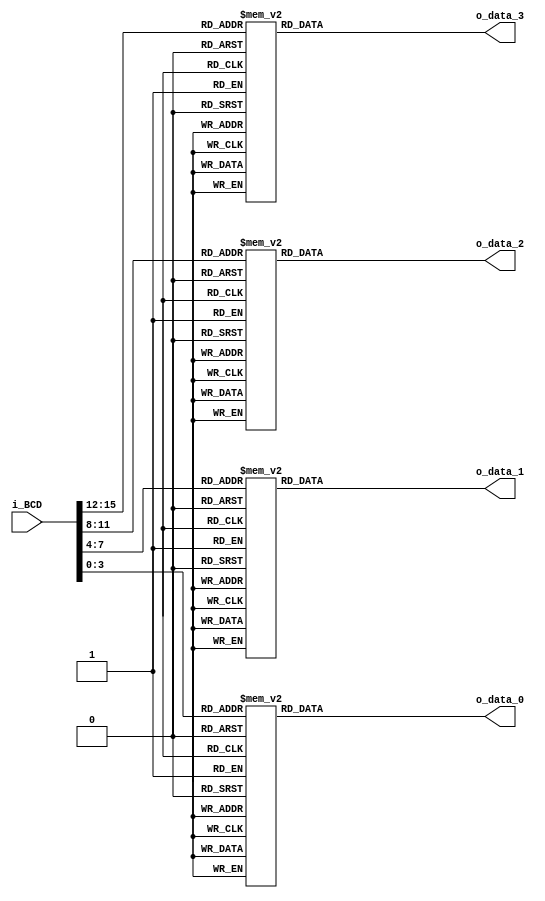
module BCDTo7Segment(
    input [15:0] i_BCD,
    output [7:0] o_data_0,
    output [7:0] o_data_1,
    output [7:0] o_data_2,
    output [7:0] o_data_3
);
    assign o_data_0 = conversion_BCD(i_BCD[3:0]);
    assign o_data_1 = conversion_BCD(i_BCD[7:4]);
    assign o_data_2 = conversion_BCD(i_BCD[11:8]);
    assign o_data_3 = conversion_BCD(i_BCD[15:12]);
    //=================
    //
    //#A#
    //F#B
    //#G#
    //E#C
    //#D#DP
    //=================
    //#0#
    //5#1
    //#6#
    //4#2
    //#3#7
    //=================

    function [7:0]conversion_BCD(
        input [3:0] i_BCD
    );
        case(i_BCD)
            4'b0000 : conversion_BCD = 8'b00111111; // 0
            4'b0001 : conversion_BCD = 8'b00000110; // 1
            4'b0010 : conversion_BCD = 8'b01011011; // 2
            4'b0011 : conversion_BCD = 8'b01001111; // 3
            4'b0100 : conversion_BCD = 8'b01100110; // 4
            4'b0101 : conversion_BCD = 8'b01101101; // 5
            4'b0110 : conversion_BCD = 8'b01111101; // 6
            4'b0111 : conversion_BCD = 8'b00000111; // 7
            4'b1000 : conversion_BCD = 8'b01111111; // 8
            4'b1001 : conversion_BCD = 8'b01101111; // 9
            default : conversion_BCD = 8'b01111001; // default:E
        endcase
    endfunction
endmodule